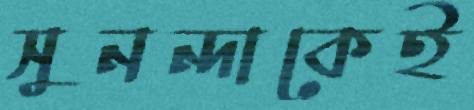
সুনন্দাকেই